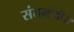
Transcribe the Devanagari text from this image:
संतमांदी॥